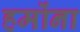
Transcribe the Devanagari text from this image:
हमोंना